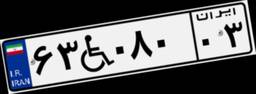
۶۳W۰۸۰۰۳